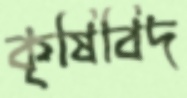
কৃষিবিদ